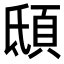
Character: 𩑾